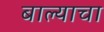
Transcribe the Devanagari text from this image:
बाल्याचा